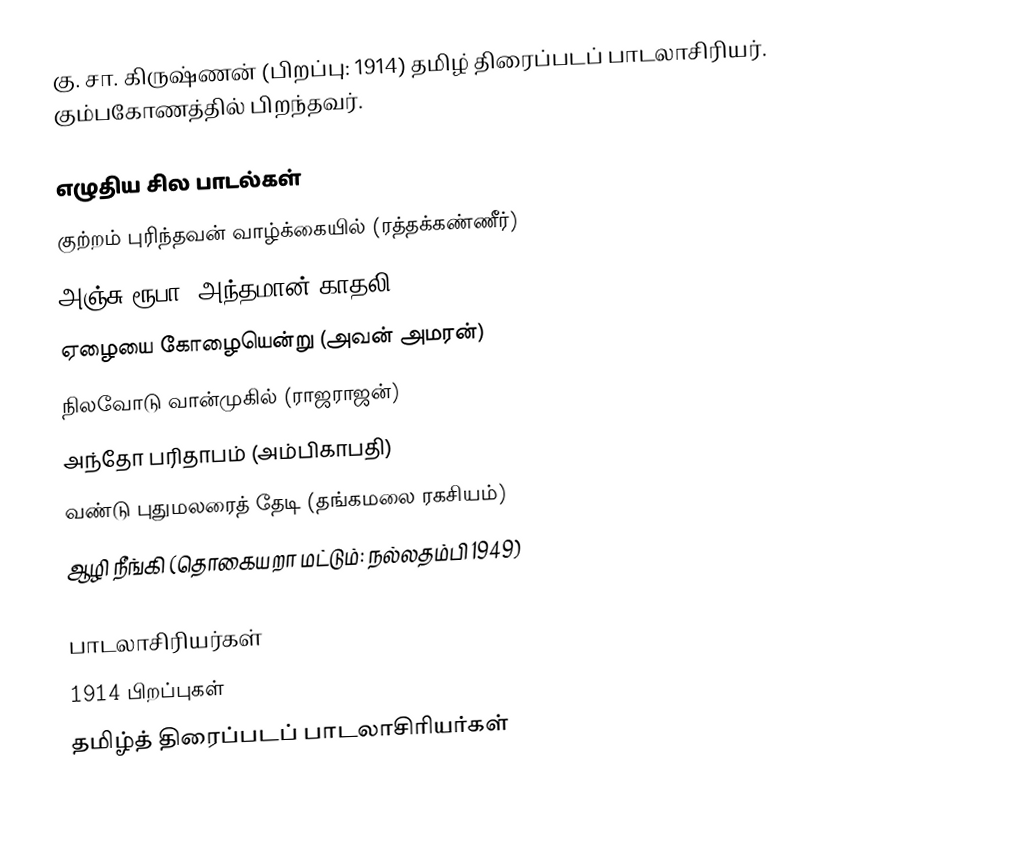
கு. சா. கிருஷ்ணன் (பிறப்பு: 1914) தமிழ் திரைப்படப் பாடலாசிரியர். கும்பகோணத்தில் பிறந்தவர்.

எழுதிய சில பாடல்கள்
 குற்றம் புரிந்தவன் வாழ்க்கையில் (ரத்தக்கண்ணீர்)
 அஞ்சு ரூபா (அந்தமான் காதலி)
 ஏழையை கோழையென்று (அவன் அமரன்)
 நிலவோடு வான்முகில் (ராஜராஜன்)
 அந்தோ பரிதாபம் (அம்பிகாபதி)
 வண்டு புதுமலரைத் தேடி (தங்கமலை ரகசியம்)
 ஆழி நீங்கி (தொகையறா மட்டும்: நல்லதம்பி 1949)

பாடலாசிரியர்கள்
1914 பிறப்புகள்
தமிழ்த் திரைப்படப் பாடலாசிரியர்கள்